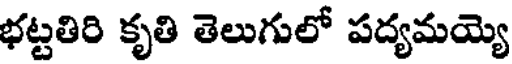
భట్టతిరి కృతి తెలుగులో పద్యమయ్యె